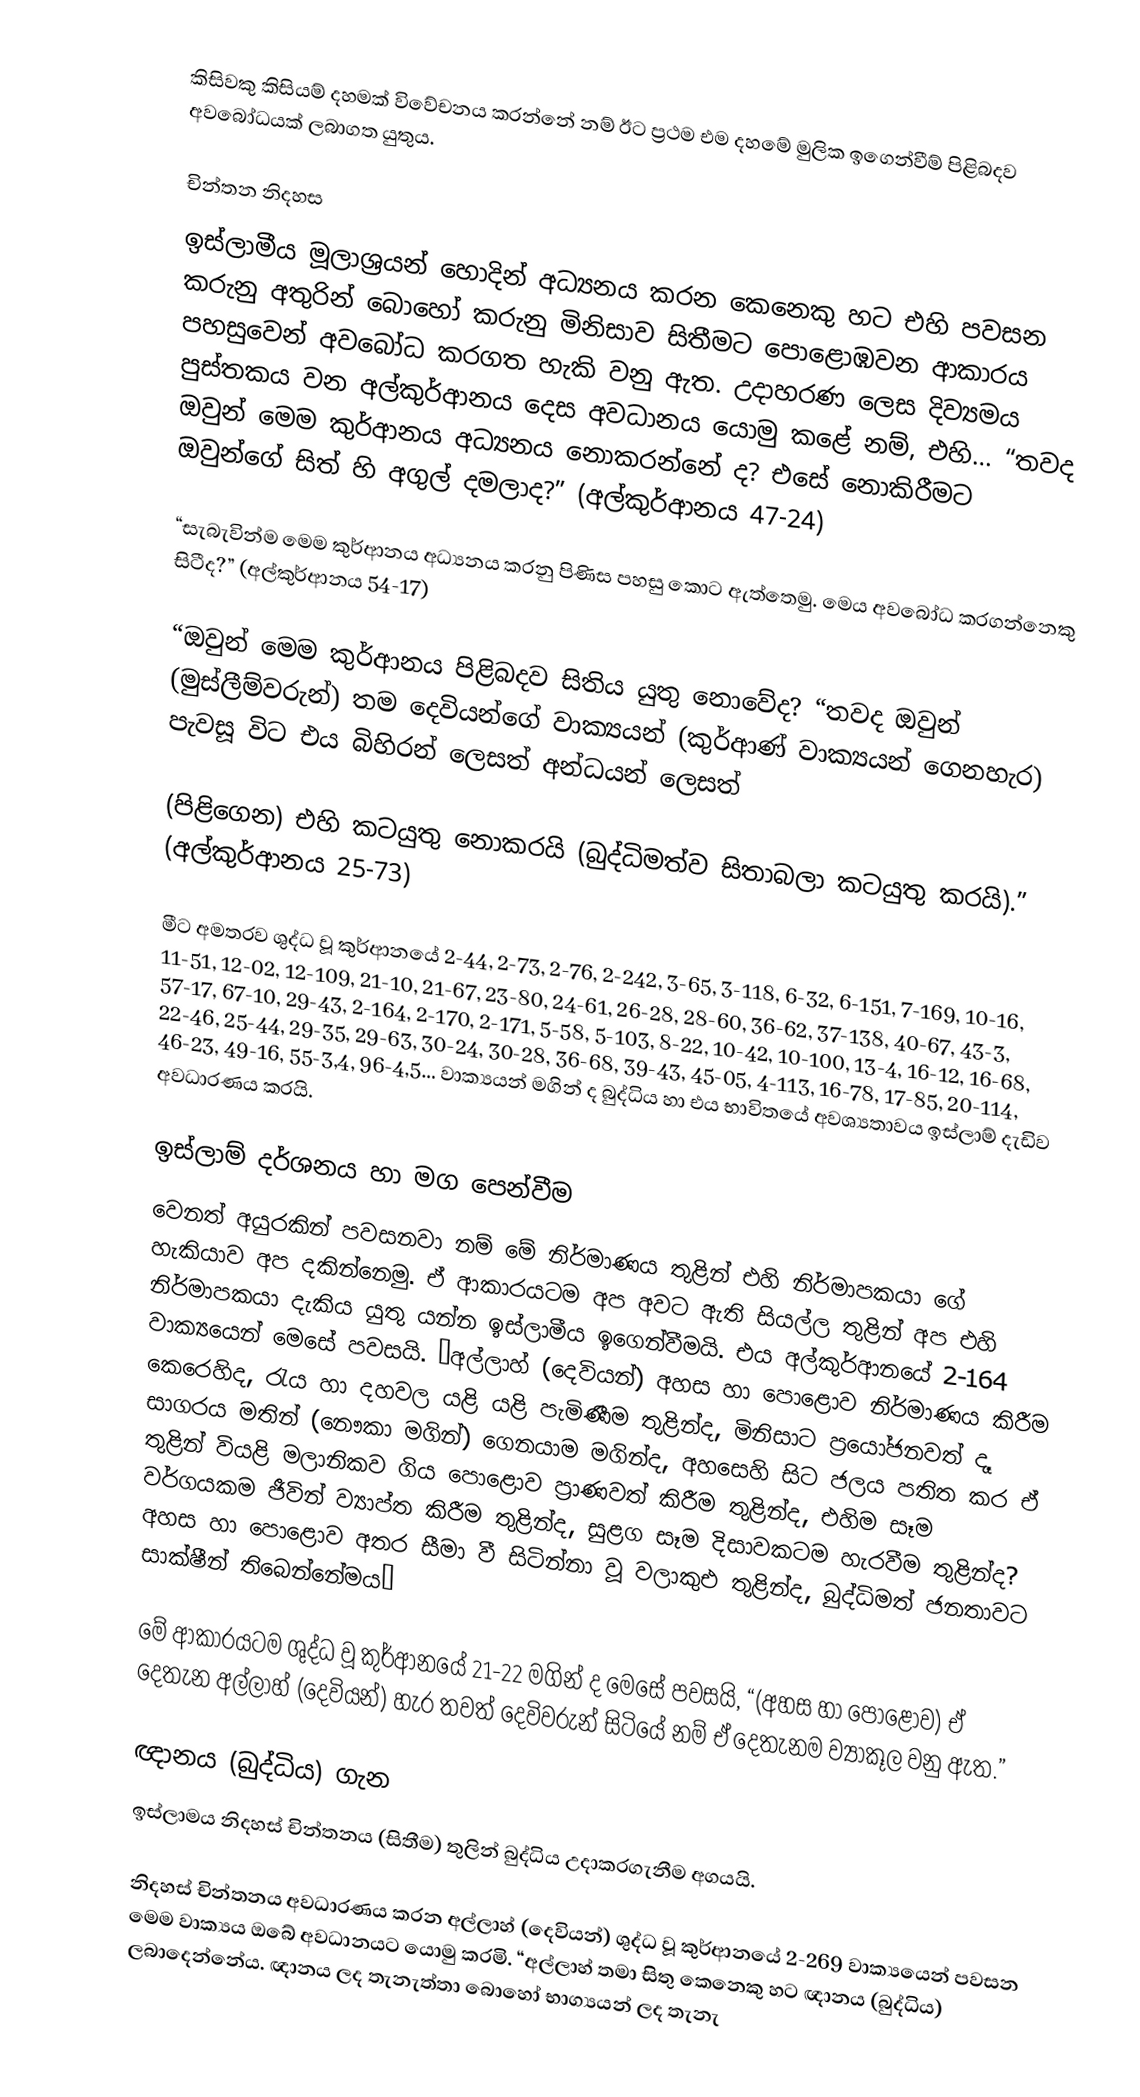
කිසිවකු කිසියම් දහමක් විවේචනය කරන්නේ නම් ඊට ප්‍රථම එම දහමේ මුලික ඉගෙන්වීම් පිළිබදව අවබෝධයක් ලබාගත යුතුය.

චින්තන නිදහස
ඉස්ලාමීය මූලාශ්‍රයන් හොදින් අධ්‍යනය කරන කෙනෙකු හට එහි පවසන කරුනු අතුරින් බොහෝ කරුනු මිනිසාව සිතීමට පොළොඹවන ආකාරය පහසුවෙන් අවබෝධ කරගත හැකි වනු ඇත. උදාහරණ ලෙස දිව්‍යමය පුස්තකය වන අල්කුර්ආනය දෙස අවධානය යොමු කළේ නම්, එහි… “තවද ඔවුන් මෙම කුර්ආනය අධ්‍යනය නොකරන්නේ ද? එසේ නොකිරීමට ඔවුන්ගේ සිත් හි අගුල් දමලාද?” (අල්කුර්ආනය 47-24)

“සැබැවින්ම මෙම කුර්ආනය අධ්‍යනය කරනු පිණිස පහසු කොට ඇත්තෙමු. මෙය අවබෝධ කරගන්නෙකු සිටීද?” (අල්කුර්ආනය 54-17)

“ඔවුන් මෙම කුර්ආනය පිළිබදව සිතිය යුතු නොවේද? “තවද ඔවුන් (මුස්ලීම්වරුන්) තම දෙවියන්ගේ වාක්‍යයන් (කුර්ආණ් වාක්‍යයන් ගෙනහැර) පැවසූ විට එය බිහිරන් ලෙසත් අන්ධයන් ලෙසත්

(පිළිගෙන) එහි කටයුතු නොකරයි (බුද්ධිමත්ව සිතාබලා කටයුතු කරයි).” (අල්කුර්ආනය 25-73)

මීට අමතරව ශුද්ධ වූ කුර්ආනයේ 2-44, 2-73, 2-76, 2-242, 3-65, 3-118, 6-32, 6-151, 7-169, 10-16, 11-51, 12-02, 12-109, 21-10, 21-67, 23-80, 24-61, 26-28, 28-60, 36-62, 37-138, 40-67, 43-3, 57-17, 67-10, 29-43, 2-164, 2-170, 2-171, 5-58, 5-103, 8-22, 10-42, 10-100, 13-4, 16-12, 16-68, 22-46, 25-44, 29-35, 29-63, 30-24, 30-28, 36-68, 39-43, 45-05, 4-113, 16-78, 17-85, 20-114, 46-23, 49-16, 55-3,4, 96-4,5… වාක්‍යයන් මගින් ද බුද්ධිය හා එය භාවිතයේ අවශ්‍යතාවය ඉස්ලාම් දැඩිව අවධාරණය කරයි.

ඉස්ලාම් දර්ශනය හා මග පෙන්වීම
වෙනත් අයුරකින් පවසනවා නම් මේ නිර්මාණය තුළින් එහි නිර්මාපකයා ගේ හැකියාව අප දකින්නෙමු. ඒ ආකාරයටම අප අවට ඇති සියල්ල තුළින් අප එහි නිර්මාපකයා දැකිය යුතු යන්න ඉස්ලාමීය ඉගෙන්වීමයි. එ‍ය අල්කුර්ආනයේ 2-164 වාක්‍යයෙන් මෙසේ පවසයි. “අල්ලාහ් (දෙවියන්) අහස හා පොළොව නිර්මාණය කිරීම කෙරෙහිද, රැය හා දහවල යළි යළි පැමිණීම තුළින්ද, මිනිසාට ප්‍රයෝජනවත් දෑ සාගරය මතින් (නෞකා මගින්) ගෙනයාම මගින්ද, අහසෙහි සිට ජලය පතිත කර ඒ තුළින් වියළි මලානිකව ගිය පොළොව ප්‍රාණවත් කිරීම තුළින්ද, එහිම සෑම වර්ගයකම ජීවින් ව්‍යාප්ත කිරීම තුළින්ද, සුළග සෑම දිසාවකටම හැරවීම තුළින්ද? අහස හා පොළොව අතර සීමා වී සිටින්නා වූ වලාකුඑ තුළින්ද, බුද්ධිමත් ජනතාවට සාක්ෂීන් තිබෙන්නේමය”

මේ ආකාරයටම ශුද්ධ වූ කුර්ආනයේ 21-22 මගින් ද මෙසේ පවසයි, “(අහස හා පොළොව) ඒ දෙතැන අල්ලාහ් (දෙවියන්) හැර තවත් දෙවිවරුන් සිටියේ නම් ඒ දෙතැනම ව්‍යාකූල වනු ඇත.”

ඥානය (බුද්ධිය) ගැන
ඉස්ලාමය නිදහස් චින්තනය (සිතීම) තුලින් බුද්ධිය උදාකරගැනීම අගයයි.

නිදහස් චින්තනය අවධාරණය කරන අල්ලාහ් (දෙවියන්) ශුද්ධ වූ කුර්ආනයේ 2-269 වාක්‍යයෙන් පවසන මෙම වාක්‍යය ඔබේ අවධානයට යොමු කරමි. “අල්ලාහ් තමා සිතු කෙනෙකු හට ඥානය (බුද්ධිය) ලබාදෙන්නේය. ඥානය ලද තැනැත්තා බොහෝ භාග්‍යයන් ලද තැනැ